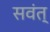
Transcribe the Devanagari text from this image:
सवंत्